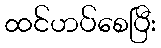
ထင်ဟပ်စေပြီး